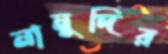
নানুদির